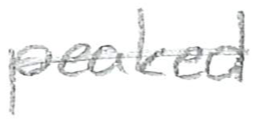
Text: peaked
Cross-out: single-line
Writing tool: pencil